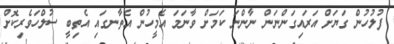
ފުލުހުން ގަޔަށް އަރައިގަންނަން ނާންނަ ކަމަށް ވާނަމަ އެމީހުން އެތާނގައި އެތިބީ ސުލްހަވެރިކޮށް